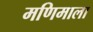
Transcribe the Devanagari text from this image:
मणिमाला